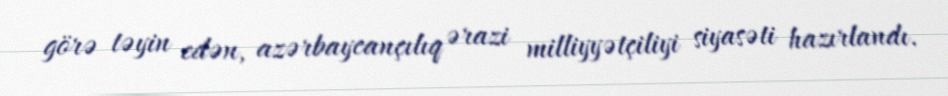
görə təyin edən, azərbaycançılıq ərazi milliyyətçiliyi siyasəti hazırlandı.